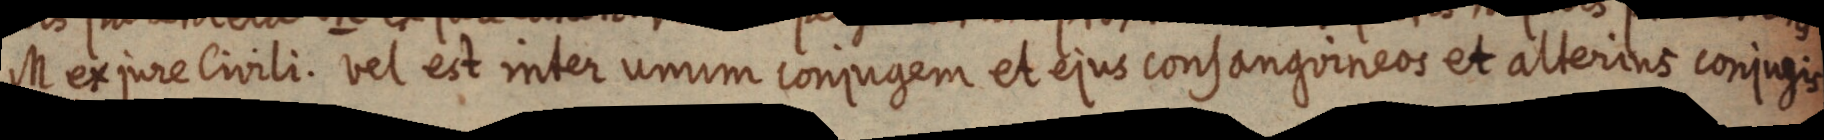
M ex jure Civili. vel est inter unum conjugem et ejus consanguineos et alterius conjugis